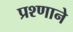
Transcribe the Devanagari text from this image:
प्रश्णाने